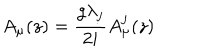
A _ { \mu } ( z ) = \frac { g \lambda _ { j } } { 2 i } A _ { \mu } ^ { j } ( z )